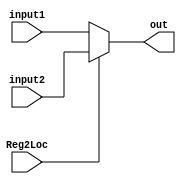
module RegisterMux(
  input [1:0] input1,
  input [1:0] input2,
  input Reg2Loc,
  output reg [1:0] out);

  always @(input1, input2, Reg2Loc) begin

    if (Reg2Loc == 0)
      out = input1;
    else
      out = input2;
  end
endmodule